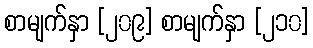
စာမျက်နှာ [၂၀၉] စာမျက်နှာ [၂၁၀]